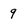
Character: 9